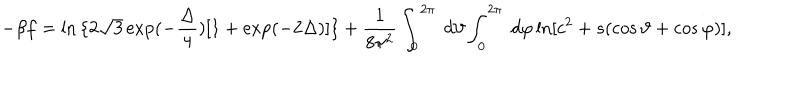
LaTeX: - { \beta f } = \ln { \{ 2 \sqrt 3 \exp ( - { \frac { \Delta } { 4 } } ) [ 1 + \exp ( - 2 { \Delta } ) ] \} } + { \frac { 1 } { 8 { \pi } ^ { 2 } } } \int _ { 0 } ^ { 2 \pi } \ d { \vartheta } \int _ { 0 } ^ { 2 \pi } \ d { \varphi } \ln [ c ^ { 2 } + s ( \cos { \vartheta } + \cos { \varphi } ) ] ,